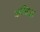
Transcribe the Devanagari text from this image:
अन्निद्ध